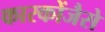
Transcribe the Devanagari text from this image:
कारकोंजैसे